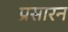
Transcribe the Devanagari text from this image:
प्रसारन